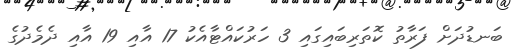
ބަނޑުދަށް ފަރާތު ކޮތަރިބައިގައި 3 ހަރުކައްޓާއެކު 17 އާއި 19 އާއި ދެމެދުގެ